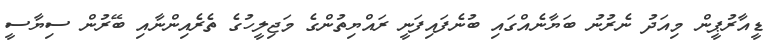
ޑީއާރުޕީން މިއަދު ނެރުނު ބަޔާނެއްގައި ބުނެފައިފަނީ ރައްޔިތުންގެ މަޖިލީހުގެ ތެރެއިންނާއި ބޭރުން ސިޔާސީ